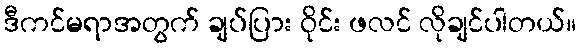
ဒီကင်မရာအတွက် ချပ်ပြား ဝိုင်း ဖလင် လိုချင်ပါတယ်။